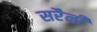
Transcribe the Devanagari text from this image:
सरैनी